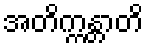
အတိက္ကန္တာတိ